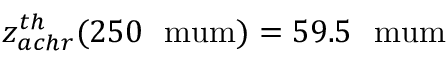
z _ { a c h r } ^ { t h } ( 2 5 0 ~ \mathrm { \ m u m } ) = 5 9 . 5 ~ \mathrm { \ m u m }